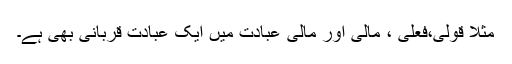
مثلاً قولی،فعلی ، مالی اور مالی عبادت میں ایک عبادت قربانی بھی ہے۔